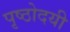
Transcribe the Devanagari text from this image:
पृष्ठोदयी